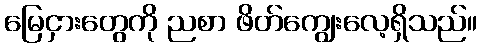
မြေငှားတွေကို ညစာ ဖိတ်ကျွေးလေ့ရှိသည်။